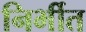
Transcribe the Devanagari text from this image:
निर्भीत